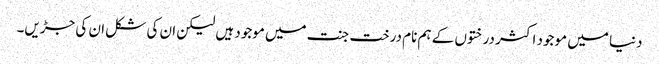
دنیا میں موجود اکثر درختوں کے ہم نام درخت جنت میں موجود ہیں لیکن ان کی شکل ان کی جڑیں۔